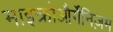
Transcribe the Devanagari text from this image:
माइक्रोऔर्गेनिज़म